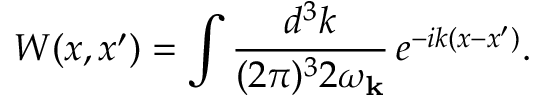
W ( x , x ^ { \prime } ) = \int \frac { d ^ { 3 } k } { ( 2 \pi ) ^ { 3 } 2 \omega _ { { \bf k } } } \, e ^ { - i k ( x - x ^ { \prime } ) } .